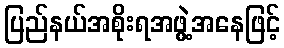
ပြည်နယ်အစိုးရအဖွဲ့အနေဖြင့်